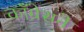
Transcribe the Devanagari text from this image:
कॉँग्रेसने